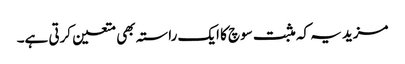
مزید یہ کہ مثبت سوچ کا ایک راستہ بھی متعین کرتی ہے۔